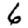
Digit: 6